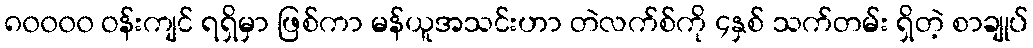
၈၀၀၀၀ ဝန်းကျင် ရရှိမှာ ဖြစ်ကာ မန်ယူအသင်းဟာ တဲလက်စ်ကို ၄နှစ် သက်တမ်း ရှိတဲ့ စာချုပ်